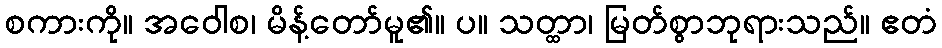
စကားကို။ အဝေါစ၊ မိန့်တော်မူ၏။ ပ။ သတ္ထာ၊ မြတ်စွာဘုရားသည်။ ဧတံ